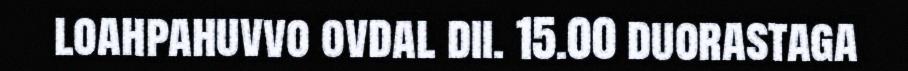
loahpahuvvo ovdal dii. 15.00 duorastaga